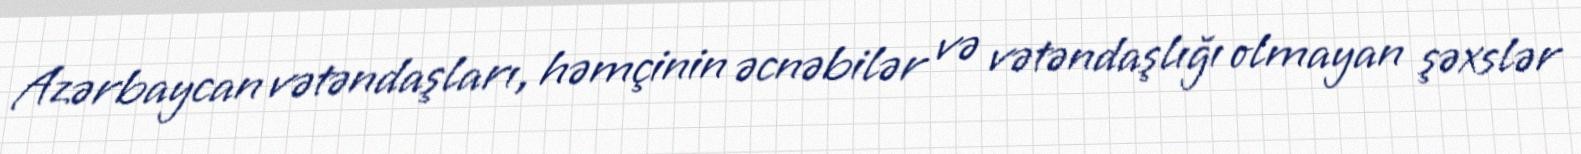
Azərbaycan vətəndaşları, həmçinin əcnəbilər və vətəndaşlığı olmayan şəxslər